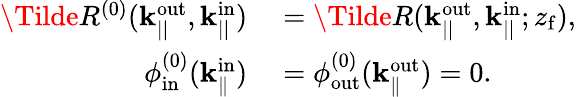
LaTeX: \begin{array}{rl}{\Tilde{R}^{(0)}(\mathbf{k}_{||}^{\mathrm{out}},\mathbf{k}_{||}^{\mathrm{in}})}&{{}=\Tilde{R}(\mathbf{k}_{||}^{\mathrm{out}},\mathbf{k}_{||}^{\mathrm{in}};z_{\mathrm{f}}),}\\ {\phi_{\mathrm{in}}^{(0)}(\mathbf{k}_{\parallel}^{\mathrm{in}})}&{{}=\phi_{\mathrm{out}}^{(0)}(\mathbf{k}_{\parallel}^{\mathrm{out}})=0.}\end{array}